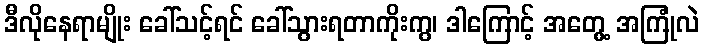
ဒီလိုနေရာမျိုး ခေါ်သင့်ရင် ခေါ်သွားရတာကိုးကွ၊ ဒါကြောင့် အတွေ့ အကြုံလဲ